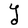
Character: Y